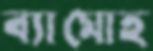
ব্যামোহ